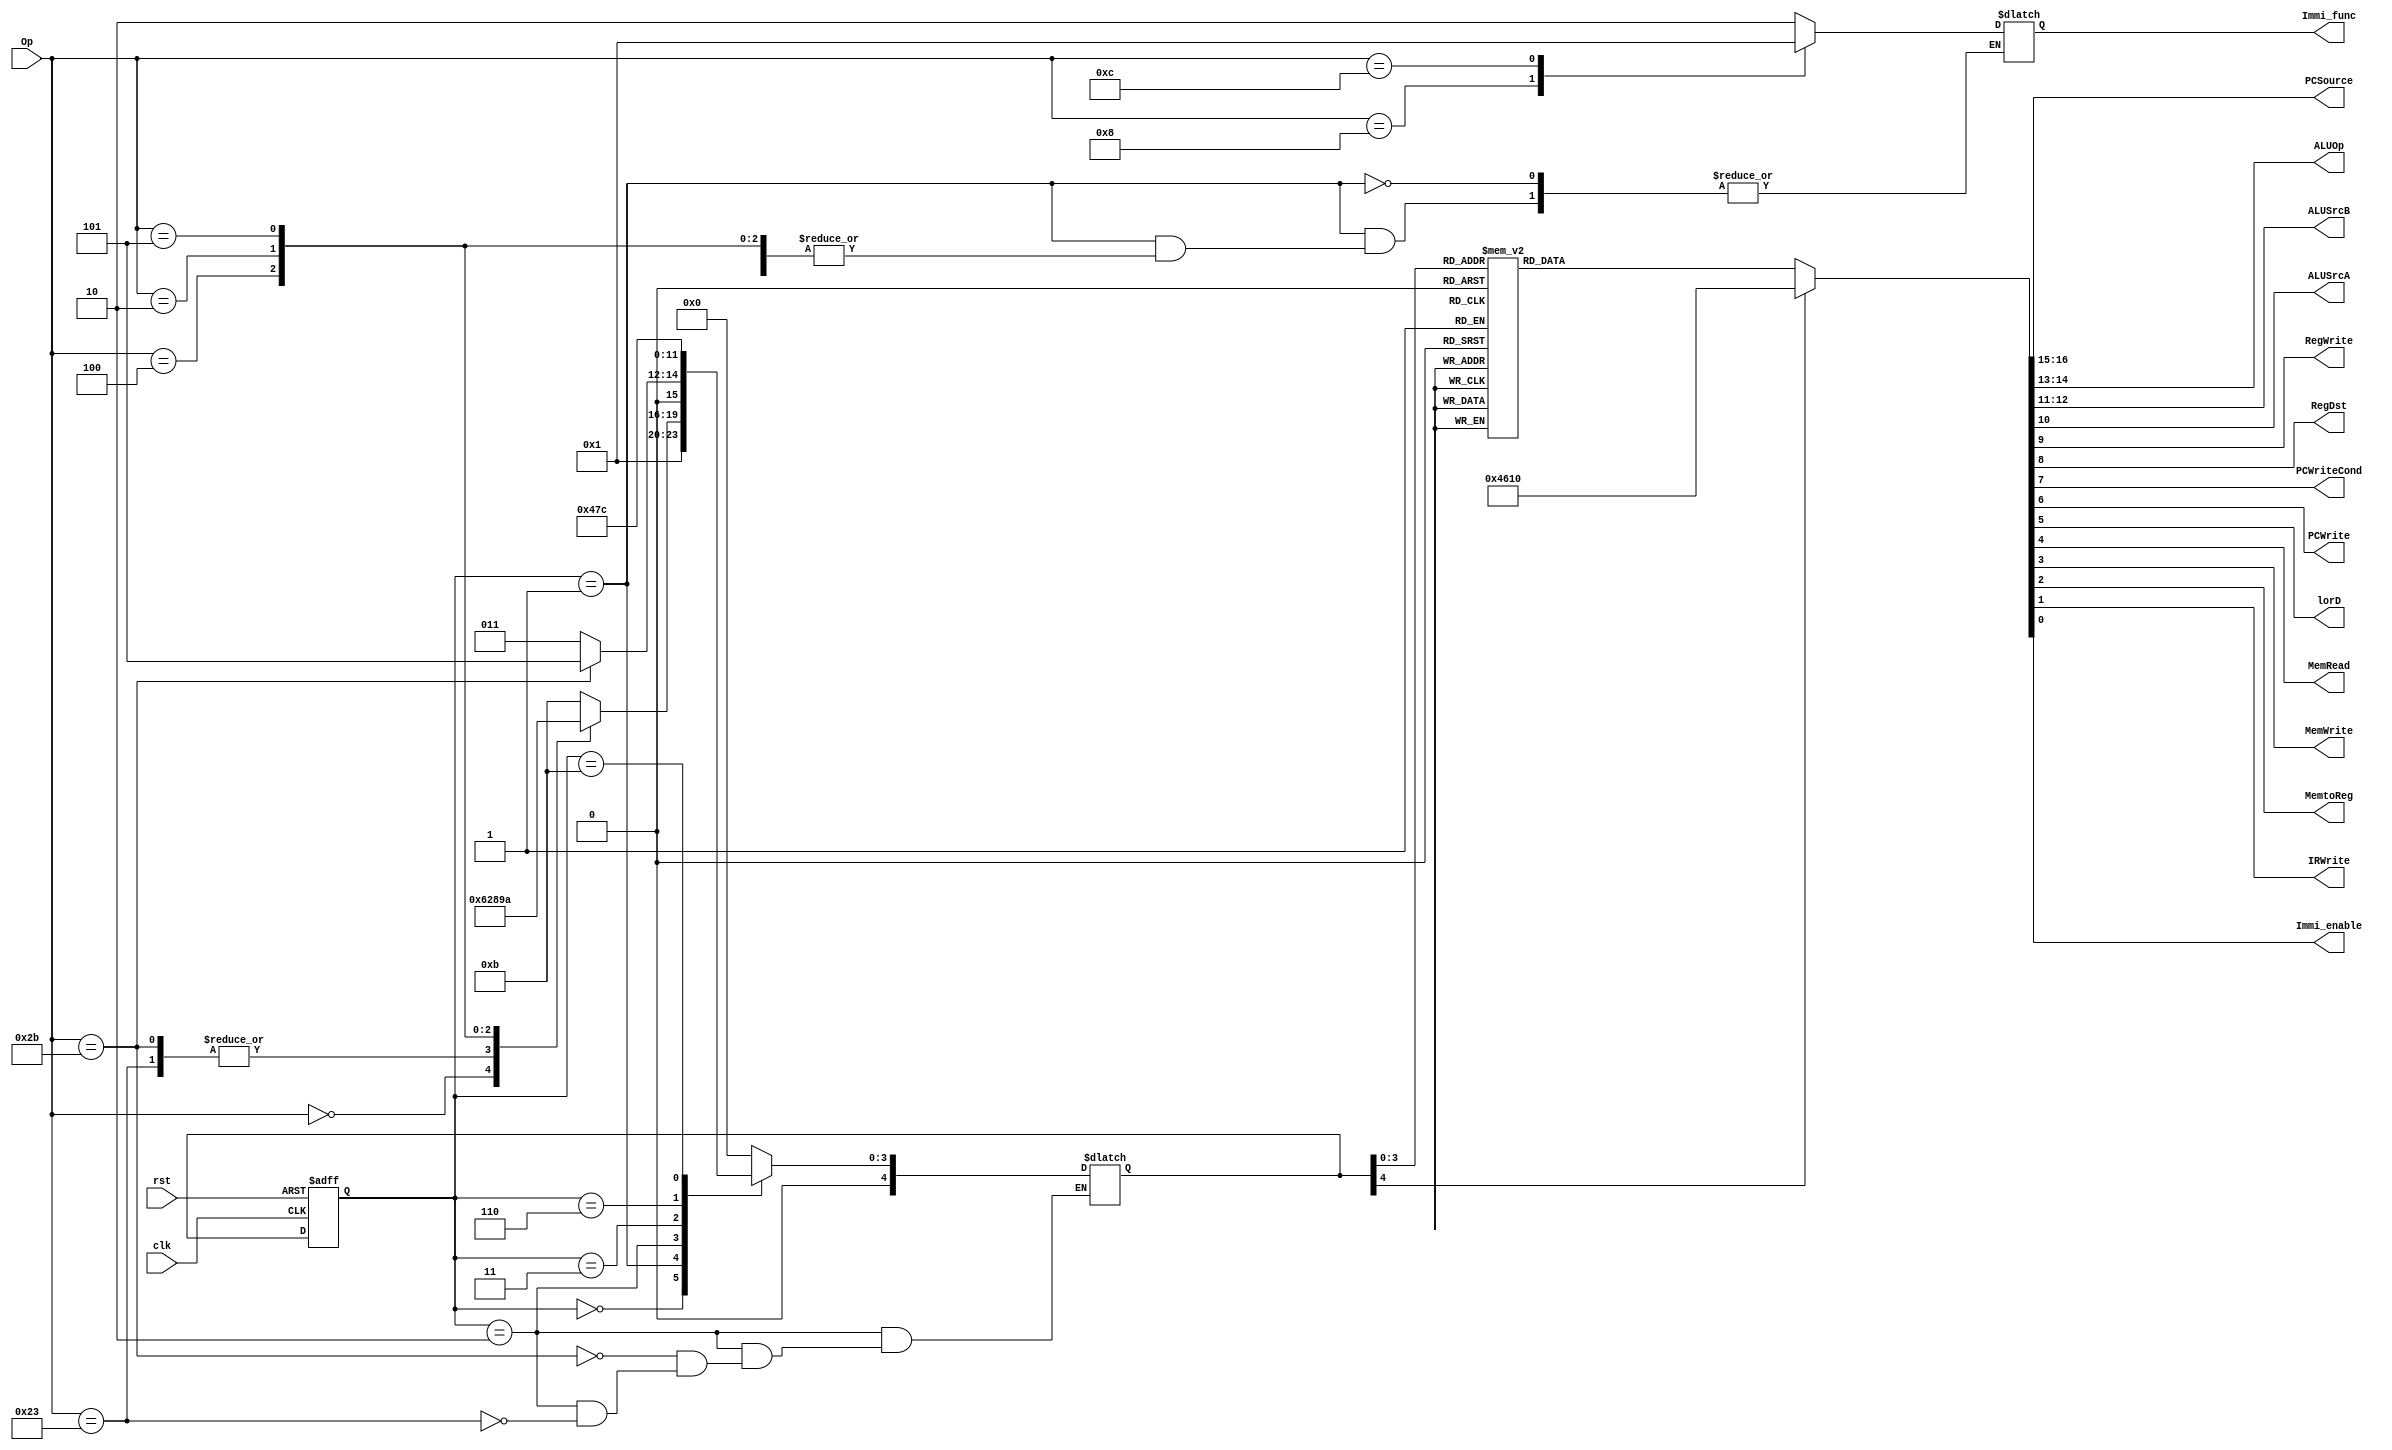
`timescale 1ns / 1ps
//////////////////////////////////////////////////////////////////////////////////
// Company: 
// Engineer: 
// 
// Design Name: 
// Module Name: Control
// Project Name: 
// Target Devices: 
// Tool Versions: 
// Description: 
// 
// Dependencies: 
// 
// Revision:
// Revision 0.01 - File Created
// Additional Comments:
// 
//////////////////////////////////////////////////////////////////////////////////

module Control(   
    input clk,rst,
    input [5:0]Op,
    output reg [1:0] PCSource, ALUOp, ALUSrcB, 
    output  reg ALUSrcA, RegWrite, RegDst, PCWriteCond, PCWrite, lorD, MemRead, MemWrite, MemtoReg, IRWrite, Immi_enable,
    output reg [1:0]Immi_func
    );
    parameter Sinitial=4'b1111,S0=4'b0000, S1=4'b0001,S2=4'b0010,S3=4'b0011, S4=4'b0100,S5=4'b0101,S6=4'b0110, S7=4'b0111,S8=4'b1000,S9=4'b1001,S10=4'b1010,S11=4'b1011,S12=4'b1100;
    reg [4:0]state,nextstate;
    always @(posedge clk,posedge rst)begin
        if(rst) state<=Sinitial;
        else state<=nextstate;
    end
    
    always @* begin
        case(state)
            Sinitial: nextstate=S0;
            S0: nextstate=S1;
            S1: begin
                case(Op)
                    //# First implement lw, sw, R-type, beq,  j
                    6'b000000: nextstate=S6; //R-type: and, sub, and, or, xor, nor, slt 
                    6'b100011: nextstate=S2;  //lw  
                    6'b101011: nextstate=S2;  //sw
                    6'b000100: nextstate=S8;  //beq
                    6'b000010: nextstate=S9;  //j 
                    6'b000101: nextstate=S10; //bnq
                     //I-type//immidiata: addi, andi, ori
                    6'b001000: begin nextstate=S11; Immi_func=2'b00; end //addi
                    6'b001100: begin nextstate=S11; Immi_func=2'b01; end //andi
                    default: begin nextstate=S11; Immi_func=2'b10; end //ori
                endcase 
            end
            S2: begin 
                if(Op==6'b100011) nextstate=S3;
                if(Op==6'b101011) nextstate=S5;
           end
           S3: nextstate=S4;
           S6: nextstate=S7;
           S11: nextstate=S12;
           default: nextstate=S0; 
        endcase    
    end
    
    always @ * begin
        case(nextstate)
            S0: begin    // IR=mem[PC], PC+=4; 
                //PC+=4: PCSource =00, PCWrite=1, ALUSrcB=1, ALUSrcA=0, ALUOp=00 (PC will increase at the next clk poesedge)  
                //IR=mem[PC]: IRWrite=1;
                {PCSource, ALUOp, ALUSrcB, ALUSrcA, RegWrite, RegDst, PCWriteCond, PCWrite, lorD, MemRead, MemWrite, MemtoReg, IRWrite, Immi_enable}<=
                {2'b00,       2'b00,  2'b01,     1'b0,       1'b0,        1'b0,     1'b0,             1'b1,      1'b0, 1'b1,        1'b0,          1'b0,         1'b1    , 1'b0};              
            end  
            
            S1: begin   //Decode: RegA=RF[IR[25-21]], RegB=RF[IR[20-16]], ALUOut=PC+(SE(IR[15-0])<<2)
                //ALUOut=PC+(SE(IR[15-0])<<2):   ALUSrcA=0, ALUSrcB=11, ALUOp=00, 
                {PCSource, ALUOp, ALUSrcB, ALUSrcA, RegWrite, RegDst, PCWriteCond, PCWrite, lorD, MemRead, MemWrite, MemtoReg, IRWrite,Immi_enable}<=
                {2'b00,       2'b00,  2'b11,     1'b0,       1'b0,        1'b0,     1'b0,             1'b0,      1'b0, 1'b1,        1'b0,          1'b0,         1'b0     , 1'b0};                
            end    
            
            S2: begin //Opcode=LW or SW:  Memory Address Computation: ALUOut= A + SE(IR[15-0]) 
                 // ALUOut= A + SE(IR[15-0]) : ALUSrcA=1, ALUSrcB=10, ALUOp=00
                {PCSource, ALUOp, ALUSrcB, ALUSrcA, RegWrite, RegDst, PCWriteCond, PCWrite, lorD, MemRead, MemWrite, MemtoReg, IRWrite,Immi_enable}<=
                {2'b00,       2'b00,  2'b10,     1'b1,       1'b0,        1'b0,     1'b0,             1'b0,      1'b0, 1'b1,        1'b0,          1'b0,         1'b0     , 1'b0};                
            end

            S3: begin //Memory Access: MDR=Mem[ALUOut],
                 // lorD=1, MemRead=1
                {PCSource, ALUOp, ALUSrcB, ALUSrcA, RegWrite, RegDst, PCWriteCond, PCWrite, lorD, MemRead, MemWrite, MemtoReg, IRWrite,Immi_enable}<=
                {2'b00,       2'b00,  2'b10,     1'b1,       1'b0,        1'b0,     1'b0,             1'b0,      1'b1, 1'b1,        1'b0,          1'b0,         1'b0     , 1'b0};                
            end
            
            S4: begin // Write Back: RF[IR[20-16]] =MDR
                // RegWrite=1, RegDst=0, MemroReg=1
                {PCSource, ALUOp, ALUSrcB, ALUSrcA, RegWrite, RegDst, PCWriteCond, PCWrite, lorD, MemRead, MemWrite, MemtoReg, IRWrite,Immi_enable}<=
                {2'b00,       2'b00,  2'b10,     1'b1,       1'b1,        1'b0,     1'b0,             1'b0,      1'b0, 1'b1,        1'b0,          1'b1,         1'b0   , 1'b0  };                
            end 
                                                 
             S5: begin  //Memory Access: Mem[ALUOut] = B
                 // MemWrite=1, lorD=1 
                {PCSource, ALUOp, ALUSrcB, ALUSrcA, RegWrite, RegDst, PCWriteCond, PCWrite, lorD, MemRead, MemWrite, MemtoReg, IRWrite,Immi_enable}<=
                {2'b00,       2'b00,  2'b10,     1'b1,       1'b0,        1'b0,     1'b0,             1'b0,      1'b1, 1'b1,        1'b1,          1'b0,         1'b0   , 1'b0  };                
            end    
                  
            S6: begin  // R-type Execution ALUOut = A Op B
                  // ALUSrcA=1, ALUSrcB=00, ALUOp = 10 
                {PCSource, ALUOp, ALUSrcB, ALUSrcA, RegWrite, RegDst, PCWriteCond, PCWrite, lorD, MemRead, MemWrite, MemtoReg, IRWrite,Immi_enable}<=
                {2'b00,       2'b10,  2'b00,     1'b1,       1'b0,        1'b0,     1'b0,             1'b0,      1'b0, 1'b1,        1'b0,          1'b0,         1'b0    , 1'b0 };                
            end
            
            S7: begin  // R-type WriteBack to RF
                 //RegWrite=1, RegDst=1, MemtoReg=0
                {PCSource, ALUOp, ALUSrcB, ALUSrcA, RegWrite, RegDst, PCWriteCond, PCWrite, lorD, MemRead, MemWrite, MemtoReg, IRWrite,Immi_enable}<=
                {2'b00,       2'b10,  2'b00,     1'b1,       1'b1,        1'b1,     1'b0,             1'b0,      1'b0, 1'b1,        1'b0,          1'b0,         1'b0     , 1'b0};                
            end
            
            S8: begin  //Op="BEQ"  if(A== B) PC=ALUOut
                 //if(A==B) need to calculate A-B: ALUSrcA=1, ALUSrcB=0, ALUOp=01
                 // PC=ALUOut: PCWrite=0, PCWriteCond=1, PCSource=01
                {PCSource, ALUOp, ALUSrcB, ALUSrcA, RegWrite, RegDst, PCWriteCond, PCWrite, lorD, MemRead, MemWrite, MemtoReg, IRWrite,Immi_enable}<=
                {2'b01,       2'b01,  2'b00,     1'b1,       1'b0,        1'b0,     1'b1,             1'b0,      1'b0, 1'b1,        1'b0,          1'b0,         1'b0     , 1'b0};                
            end
            
            S9: begin  //Jump: 
                    // PCWrite=1, PCSource=10
                    {PCSource, ALUOp, ALUSrcB, ALUSrcA, RegWrite, RegDst, PCWriteCond, PCWrite, lorD, MemRead, MemWrite, MemtoReg, IRWrite,Immi_enable}<=
                    {2'b10,       2'b00,  2'b00,     1'b1,       1'b0,        1'b0,     1'b0,             1'b1,      1'b0, 1'b1,        1'b0,          1'b0,         1'b0     , 1'b0};                
            end
            
            S10: begin  // Op="bnq" if(A!=B) PC=ALUOut
                 //if(A!=B) need to calculate A-B: ALUSrcA=1, ALUSrcB=00, ALUOp=01
                 // PC=ALUOut: PCWrite=0, PCWriteCond=1, PCSource=01
                {PCSource, ALUOp, ALUSrcB, ALUSrcA, RegWrite, RegDst, PCWriteCond, PCWrite, lorD, MemRead, MemWrite, MemtoReg, IRWrite,Immi_enable}<=
                {2'b01,       2'b01,  2'b00,     1'b1,       1'b0,        1'b0,     1'b1,             1'b0,      1'b0, 1'b1,        1'b0,          1'b0,         1'b0     , 1'b0};                
        end
            S11: begin  //Op= addi / ori  : ALUOut = A + SE(IR[15-0]) : 
                 // ALUSrcA=1, ALUSrcB=10, ALUOp=10  
                {PCSource, ALUOp, ALUSrcB, ALUSrcA, RegWrite, RegDst, PCWriteCond, PCWrite, lorD, MemRead, MemWrite, MemtoReg, IRWrite,Immi_enable}<=
                {2'b00,       2'b10,  2'b10,     1'b1,       1'b0,        1'b0,     1'b0,             1'b0,      1'b0, 1'b1,        1'b0,          1'b0,         1'b0     , 1'b1};                
        end                        
            default:begin
                {PCSource, ALUOp, ALUSrcB, ALUSrcA, RegWrite, RegDst, PCWriteCond, PCWrite, lorD, MemRead, MemWrite, MemtoReg, IRWrite,Immi_enable}<=
                {2'b00,       2'b10,  2'b00,     1'b1,       1'b1,        1'b0,     1'b0,             1'b0,      1'b0, 1'b1,        1'b0,          1'b0,         1'b0     , 1'b0};                
        end
        endcase 
    end
    
endmodule